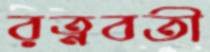
রত্নবতী